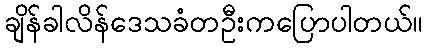
ချိန်ခါလိန်ဒေသခံတဦးကပြောပါတယ်။